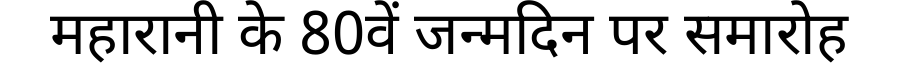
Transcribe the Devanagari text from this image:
महारानी के 80वें जन्मदिन पर समारोह